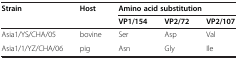
| Strain | Host | <COLSPAN=3> Amino acid substitution |
 |  |  | VP1/154 | VP2/72 | VP2/107 |
 | --- | --- | --- | --- | --- |
 | Asia1/YS/CHA/05 | bovine | Ser | Asp | Val |
 | Asia1/1/YZ/CHA/06 | pig | Asn | Gly | Ile |